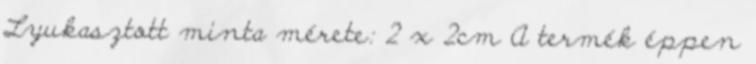
Lyukasztott minta mérete: 2 x 2cm A termék éppen